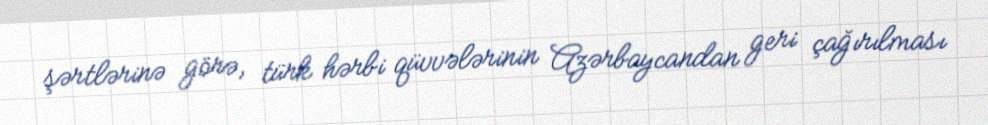
şərtlərinə görə, türk hərbi qüvvələrinin Azərbaycandan geri çağırılması